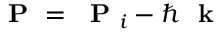
\mathrm { ~ \bf ~ P ~ } = \mathrm { ~ \bf ~ P ~ } _ { i } - \hbar \mathrm { ~ \bf ~ k ~ }